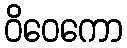
ဝိဝေကော